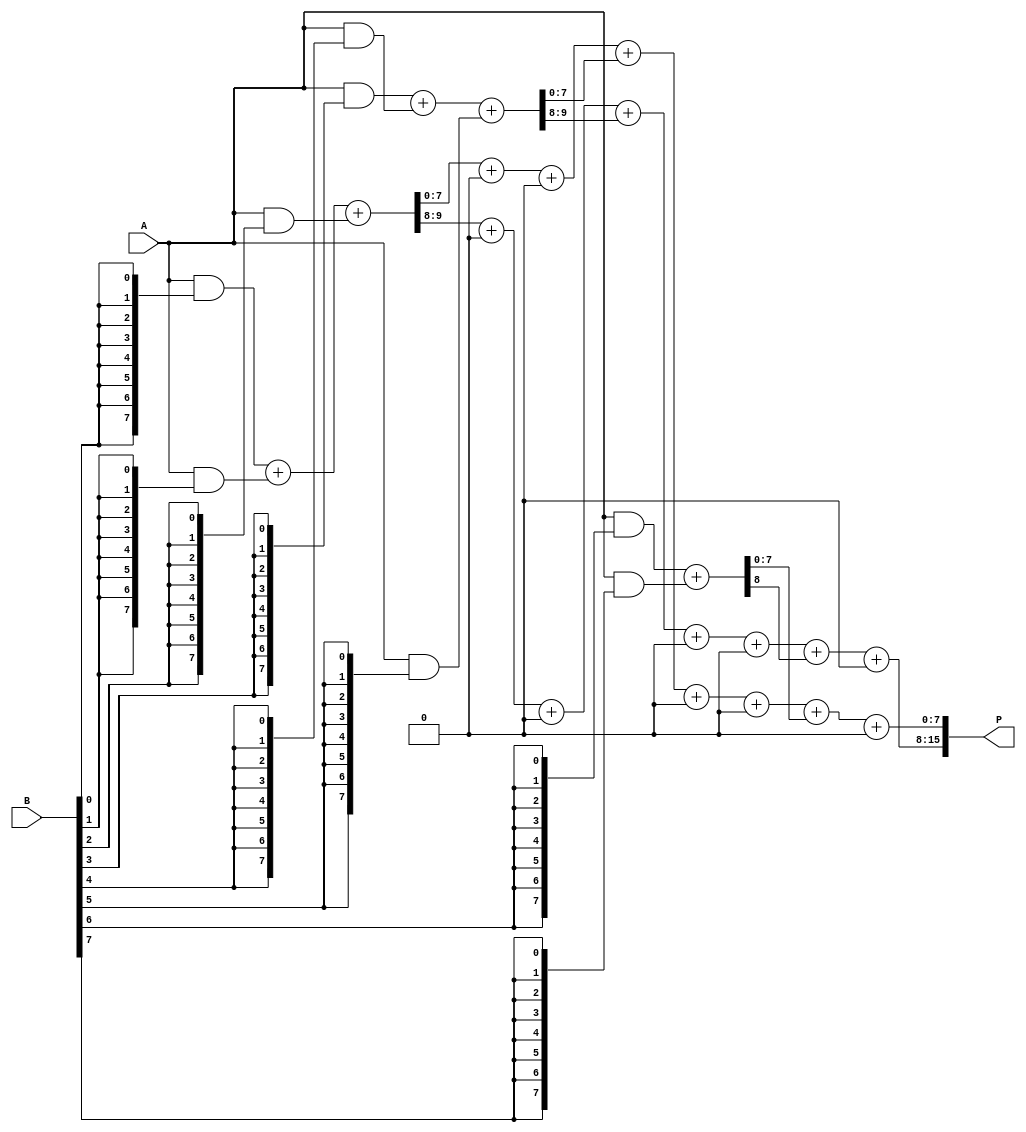
module AdaptiveWallaceTreeMultiplier #(parameter N = 8) (
    input [N-1:0] A,          // N-bit input A
    input [N-1:0] B,          // N-bit input B
    output reg [2*N-1:0] P    // 2N-bit output product
);

    // Generate partial products
    wire [N-1:0] pp [0:N-1]; // Partial products array
    genvar i;
    generate
        for (i = 0; i < N; i = i + 1) begin : gen_partial_products
            assign pp[i] = A & {N{B[i]}}; // AND operation to generate partial products
        end
    endgenerate

    // Wallace Tree Reduction
    wire [N-1:0] sum [0:N-1]; // Intermediate sums
    wire [N-1:0] carry [0:N-1]; // Carry bits
    reg [N-1:0] final_sum;
    reg [N-1:0] final_carry;

    integer j, k;
    always @(*) begin
        // Initialize sums and carries
        for (j = 0; j < N; j = j + 1) begin
            sum[j] = 0;
            carry[j] = 0;
        end

        // Perform Wallace tree reduction (3 inputs at a time)
        for (j = 0; j < N; j = j + 3) begin
            case (j + 2)
                0: begin
                    {carry[j], sum[j]} = pp[0] + pp[1];
                end
                1: begin
                    {carry[j], sum[j]} = pp[0] + pp[1];
                    sum[j + 1] = pp[2];
                end
                default: begin
                    if (j + 2 < N) begin
                        {carry[j], sum[j]} = pp[j] + pp[j + 1] + pp[j + 2];
                    end else if (j + 1 < N) begin
                        {carry[j], sum[j]} = pp[j] + pp[j + 1];
                    end else begin
                        sum[j] = pp[j];
                    end
                end
            endcase
        end

        // Final addition
        final_sum = sum[0];
        final_carry = carry[0];
        for (k = 1; k < N; k = k + 1) begin
            final_sum = final_sum + sum[k];
            final_carry = final_carry + carry[k];
        end

        // Assign final product
        P = {final_carry, final_sum}; // Combine carry and sum for final product
    end

endmodule